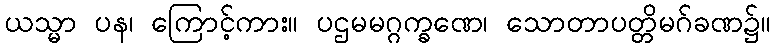
ယသ္မာ ပန၊ ကြောင့်ကား။ ပဌမမဂ္ဂက္ခဏေ၊ သောတာပတ္တိမဂ်ခဏ၌။